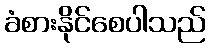
ခံစားနိုင်စေပါသည်